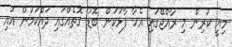
މިއީ ކުރިން މި ރާއްޖޭގައި އެހާ ފާޅުކަން ބޮޑު ގޮތެއްގައި ދައްކަމުން އައި